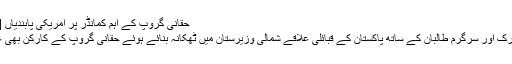
حقانی گروپ کے اہم کمانڈر پر امریکی پابندیاں | حالات حاضرہ | DW | 30.09.2011
امریکہ کو یقین ہے کہ افغانستان میں متحرک اور سرگرم طالبان کے ساتھ پاکستان کے قبائلی علاقے شمالی وزیرستان میں ٹھکانہ بنائے ہوئے حقانی گروپ کے کارکن بھی غیر ملکی افواج پر حملوں میں شریک ہیں۔